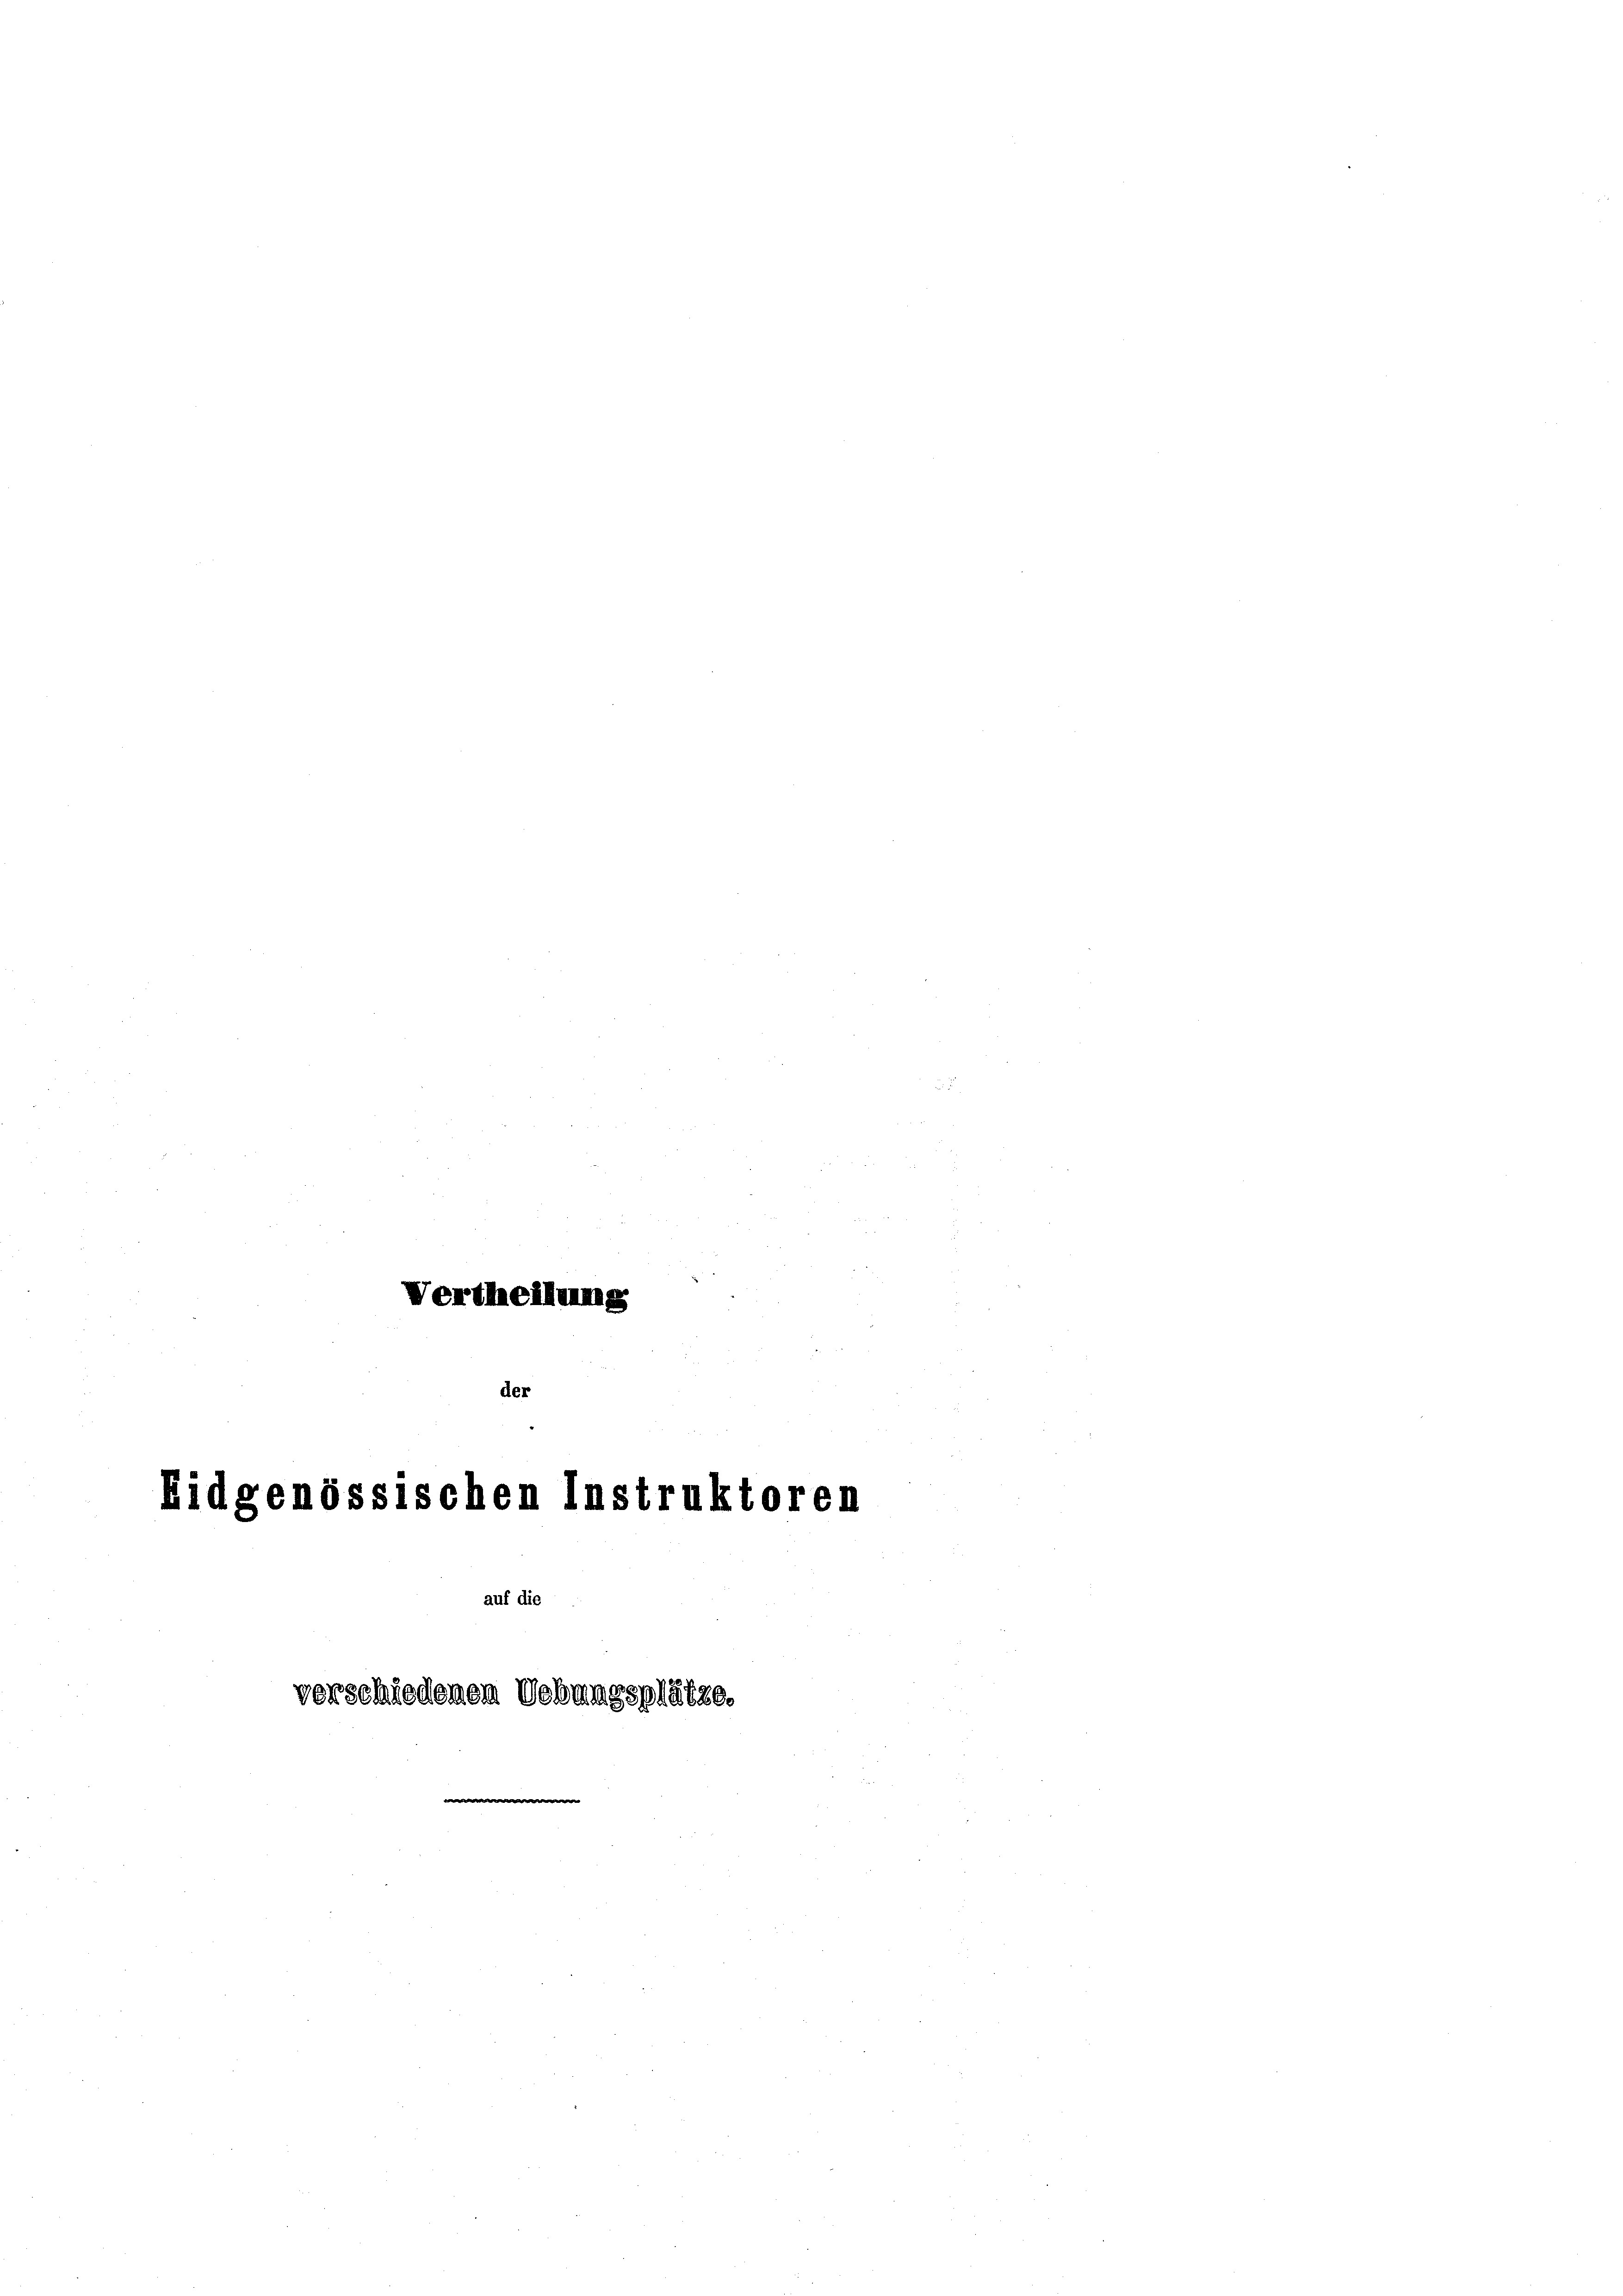
Vertheilung
der

Eidgenössischen Instruktoren

auf die

verschiedenen Uebungsplätze,